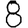
Digit: 8